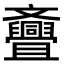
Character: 斖